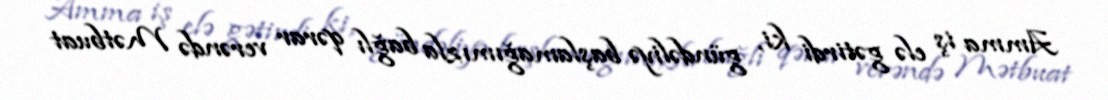
Amma iş elə gətirdi ki, gündəliyə başlamağımızla bağlı qərar verəndə Mətbuat